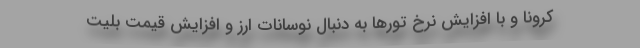
کرونا و با افزایش نرخ تورها به دنبال نوسانات ارز و افزایش قیمت بلیت